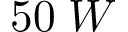
5 0 \; W